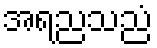
အရညသညံ